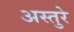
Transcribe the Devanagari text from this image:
अस्तुरे